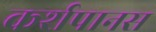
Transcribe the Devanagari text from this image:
कर्शपानस